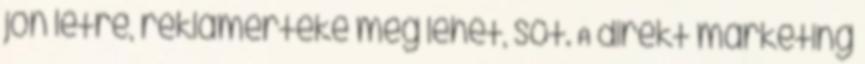
jön létre, reklámértéke még lehet, sőt. A direkt marketing